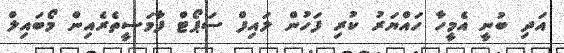
އަދި ބުނީ އެމީހާ ހައްޔަރު ކުރި ފަހުން ލައިފް ސަޕޯޓް ފާމަސީތެރެއިން މޯބައިލް